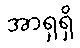
အာရှရှိ